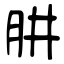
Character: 肼